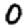
Digit: 0